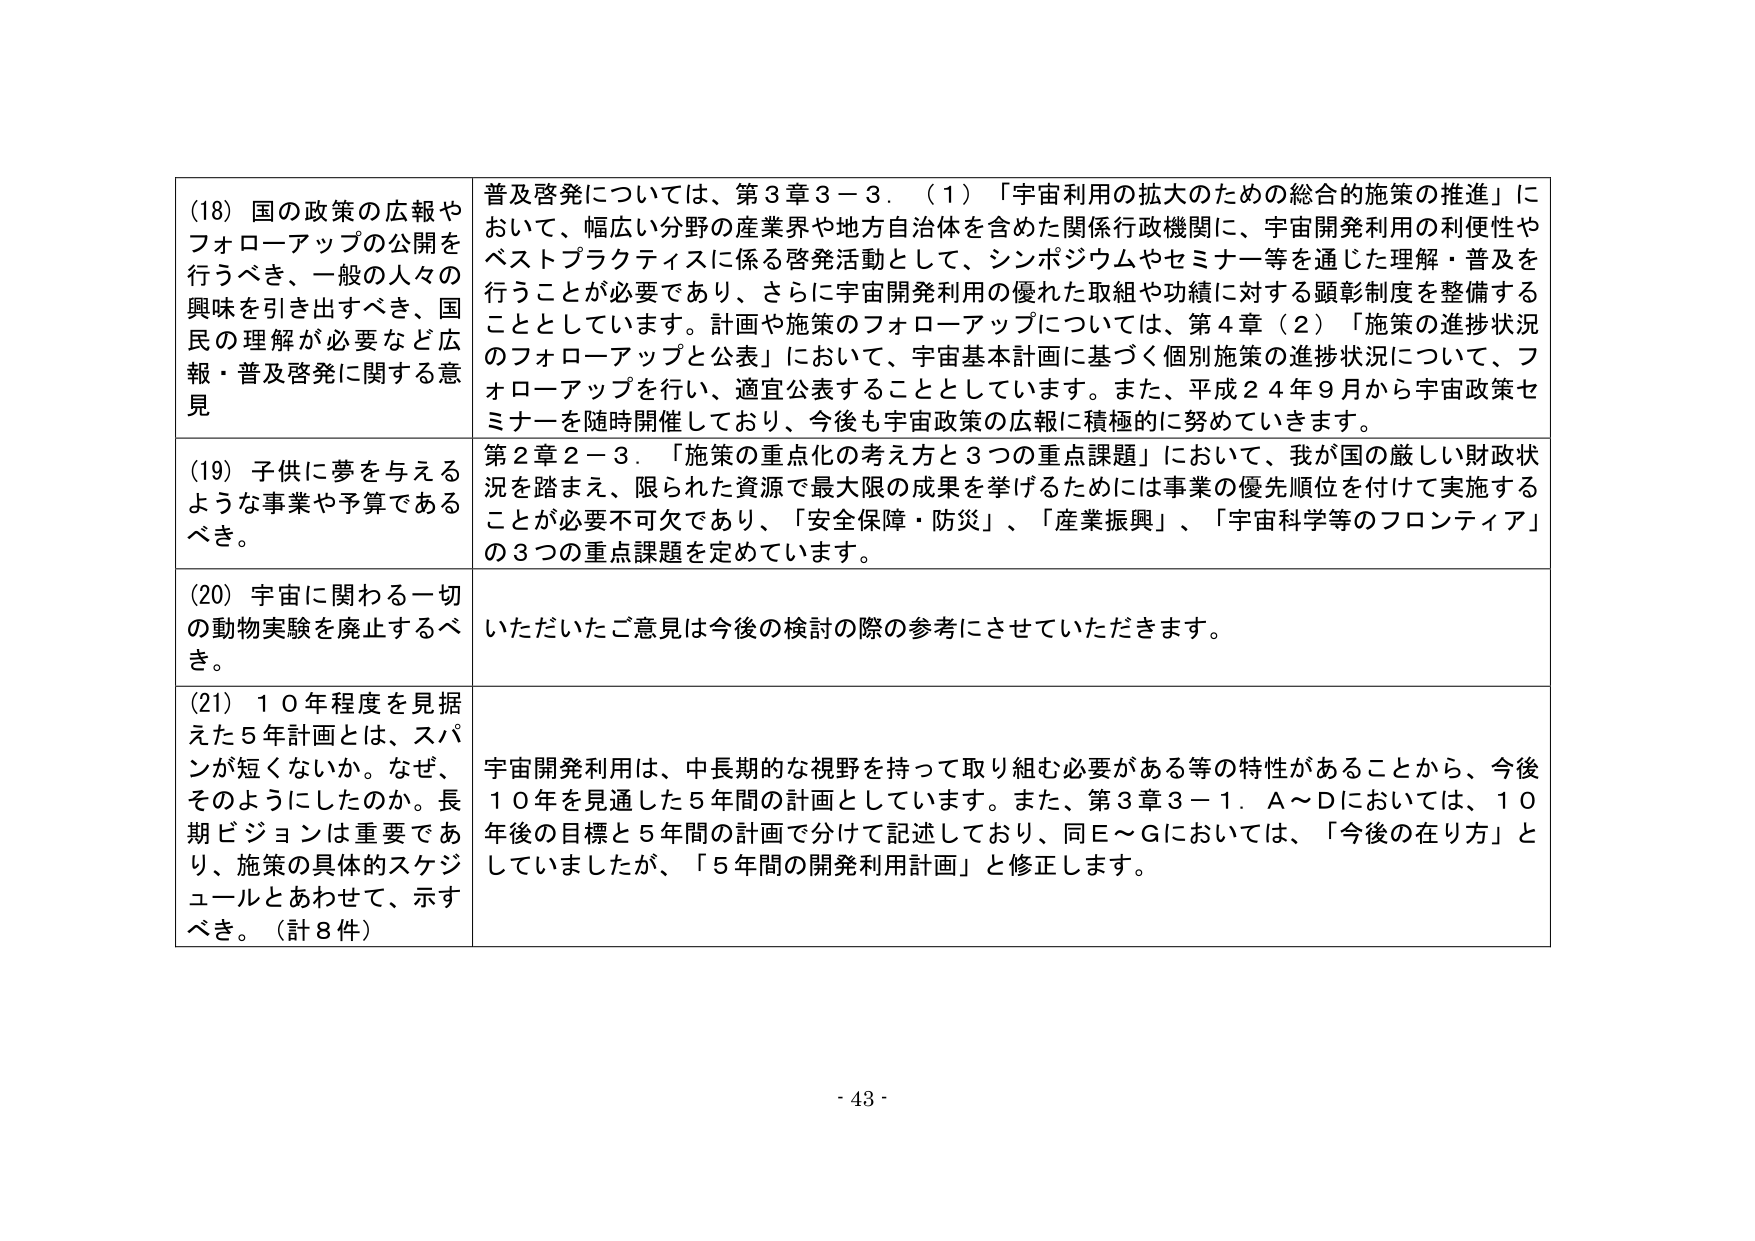
(18) 国の政策の広報やフォローアップの公開を行うべき、一般の人々の興味を引き出すべき、国民の理解が必要など広報・普及啓発に関する意見

普及啓発については、第3章3－3．（1）「宇宙利用の拡大のための総合的施策の推進」において、幅広い分野の産業界や地方自治体を含めた関係行政機関に、宇宙開発利用の利便性やベストプラクティスに係る啓発活動として、シンポジウムやセミナー等を通じた理解・普及を行うことが必要であり、さらに宇宙開発利用の優れた取組や功績に対する顕彰制度を整備することとしています。計画や施策のフォローアップについては、第4章（2）「施策の進捗状況のフォローアップと公表」において、宇宙基本計画に基づく個別施策の進捗状況について、フォローアップを行い、適宜公表することとしています。また、平成24年9月から宇宙政策セミナーを随時開催しており、今後も宇宙政策の広報に積極的に努めていきます。

(19) 子供に夢を与えるような事業や予算であるべき。

第2章2－3．「施策の重点化の考え方と3つの重点課題」において、我が国の厳しい財政状況を踏まえ、限られた資源で最大限の成果を挙げるためには事業の優先順位を付けて実施することが必要不可欠であり、「安全保障・防災」、「産業振興」、「宇宙科学等のフロンティア」の3つの重点課題を定めています。

(20) 宇宙に関わる一切の動物実験を廃止するべき。

いただいたご意見は今後の検討の際の参考にさせていただきます。

(21) 10年程度を見据えた5年計画とは、スパンが短くないか。なぜ、そのようにしたのか。長期ビジョンは重要であり、施策の具体的スケジュールとあわせて、示すべき。（計8件）

宇宙開発利用は、中長期的な視野を持って取り組む必要がある等の特性があることから、今後10年を見通した5年間の計画としています。また、第3章3－1．A～Dにおいては、10年後の目標と5年間の計画で分けて記述しており、同E～Gにおいては、「今後の在り方」としていましたが、「5年間の開発利用計画」と修正します。

- 43 -